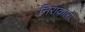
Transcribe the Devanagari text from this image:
निराकारो